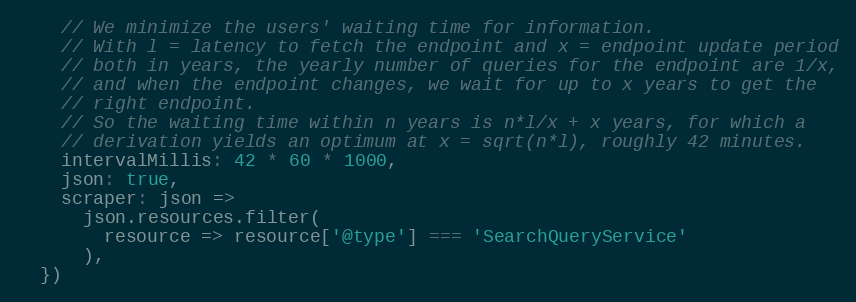
Language: JavaScript
    // We minimize the users' waiting time for information.
    // With l = latency to fetch the endpoint and x = endpoint update period
    // both in years, the yearly number of queries for the endpoint are 1/x,
    // and when the endpoint changes, we wait for up to x years to get the
    // right endpoint.
    // So the waiting time within n years is n*l/x + x years, for which a
    // derivation yields an optimum at x = sqrt(n*l), roughly 42 minutes.
    intervalMillis: 42 * 60 * 1000,
    json: true,
    scraper: json =>
      json.resources.filter(
        resource => resource['@type'] === 'SearchQueryService'
      ),
  })